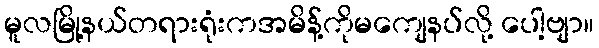
မူလမြို့နယ်တရားရုံးကအမိန့်ကိုမကျေနပ်လို့ ပေါ့ဗျာ။